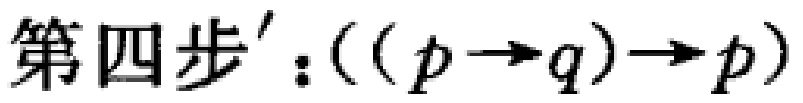
第四步'：$(((p \to q) \to p))$